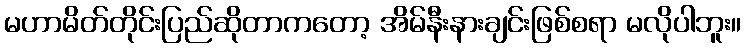
မဟာမိတ်တိုင်းပြည်ဆိုတာကတော့ အိမ်နီးနားချင်းဖြစ်စရာ မလိုပါဘူး။